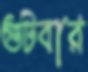
গুটবার